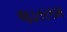
જડતરકામ